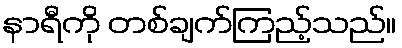
နာရီကို တစ်ချက်ကြည့်သည်။